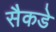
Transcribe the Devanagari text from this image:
सैकडे